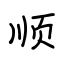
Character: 顺